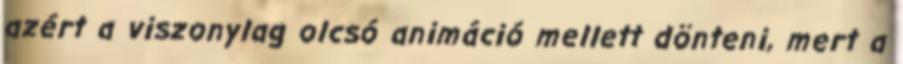
azért a viszonylag olcsó animáció mellett dönteni, mert a